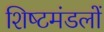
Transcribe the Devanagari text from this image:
शिष्‍टमंडलों